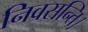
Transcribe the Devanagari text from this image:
निवसन्ति।